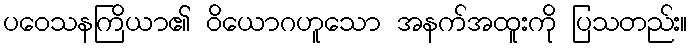
ပဝေသနကြိယာ၏ ဝိယောဂဟူသော အနက်အထူးကို ပြသတည်း။